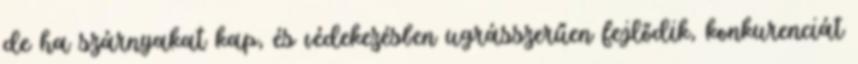
de ha szárnyakat kap, és védekezésben ugrásszerűen fejlődik, konkurenciát